Vaccination in Burma 1912-1922 - 1912-1922
Year: 1912
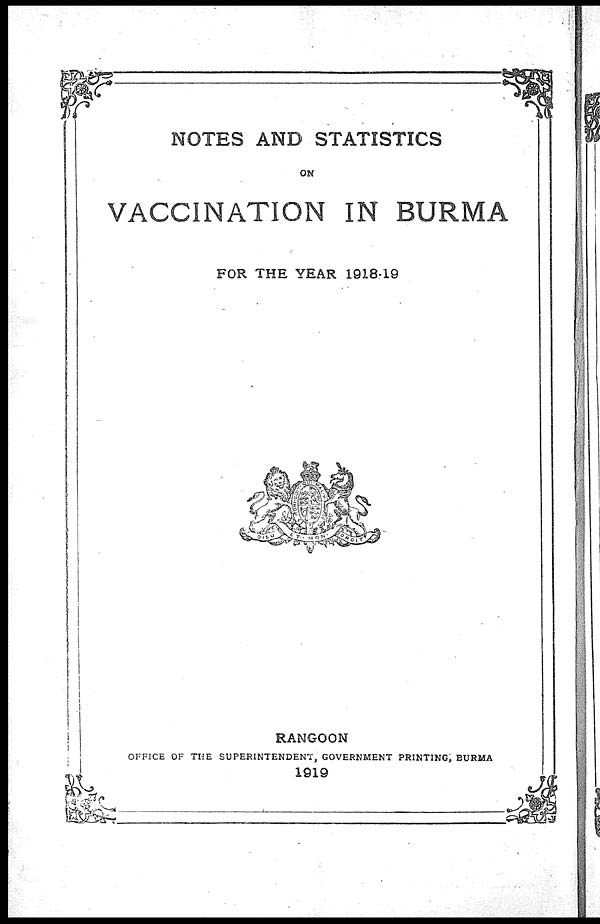
NOTES AND STATISTICS
ON
VACCINATION IN BURMA
FOR THE YEAR 1918-19
RANGOON
OFFICE OF THE SUPERINTENDENT, GOVERNMENT PRINTING, BURMA
1919